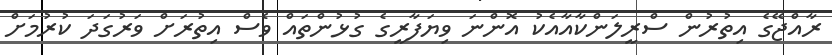
ރާއްޖޭގެ އިތުރުން ސްރީލަންކާއާއެކު އޮންނަ ވިޔަފާރީގެ ގުޅުންތައް ވެސް އިތުރަށް ވަރުގަދަ ކުރުމަށް